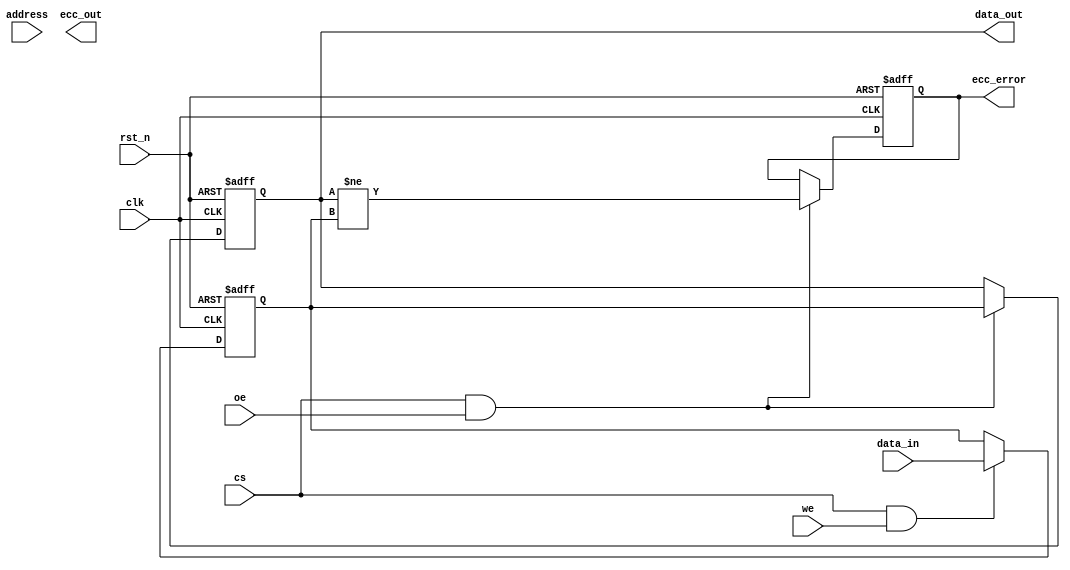
module ecc_dram_io_block #(
    parameter DATA_WIDTH = 32,        // Width of the data bus
    parameter ECC_WIDTH = 6            // Width of ECC bits (for Hamming code)
) (
    input wire clk,                    // System clock
    input wire rst_n,                  // Active low reset
    input wire [DATA_WIDTH-1:0] data_in,  // Data input from the memory controller
    input wire we,                     // Write Enable
    input wire oe,                     // Output Enable
    input wire cs,                     // Chip Select
    input wire [7:0] address,          // Address input
    output reg [DATA_WIDTH-1:0] data_out, // Data output to the memory controller
    output reg ecc_error,              // ECC error status
    output reg [ECC_WIDTH-1:0] ecc_out // ECC bits output
);

    // Internal signals
    reg [DATA_WIDTH-1:0] data_buffer;
    reg [ECC_WIDTH-1:0] ecc_buffer;
    
    // ECC generation (Hamming code example)
    function [ECC_WIDTH-1:0] generate_ecc(input [DATA_WIDTH-1:0] data);
        // ECC generation logic (pseudo)
        // This should implement the actual Hamming code generation
        // For simplicity, we'll just return zero here
        generate_ecc = 0; // Replace with actual ECC logic
    endfunction

    // ECC checking and correction (Hamming code example)
    function [DATA_WIDTH-1:0] check_ecc(input [DATA_WIDTH-1:0] data, input [ECC_WIDTH-1:0] ecc);
        // ECC checking logic (pseudo)
        // This should implement the actual Hamming code checking and correcting
        check_ecc = data; // Replace with actual ECC checking logic
    endfunction

    // Write operation
    always @(posedge clk or negedge rst_n) begin
        if (!rst_n) begin
            data_buffer <= 0;
            ecc_buffer <= 0;
        end else if (cs && we) begin
            data_buffer <= data_in;
            ecc_buffer <= generate_ecc(data_in); // Generate ECC
        end
    end

    // Read operation
    always @(posedge clk or negedge rst_n) begin
        if (!rst_n) begin
            data_out <= 0;
            ecc_error <= 0;
        end else if (cs && oe) begin
            // Simulate reading data from memory
            data_out <= check_ecc(data_buffer, ecc_buffer); // Check ECC
            // Assume some logic to determine if an error occurred
            ecc_error <= (data_out != data_buffer); // Example error detection
        end
    end

    // Power management and timing control can be added here

endmodule